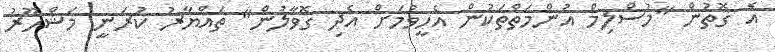
އެ ގޮތުން "މުސްލިމް އުންމަތްތަކުން އެހީވުމަށް އެދި ގޮވާލުން" ތައްޔާރު ކުރަނީ މަޝްހޫރު